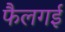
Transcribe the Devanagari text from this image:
फैलगई